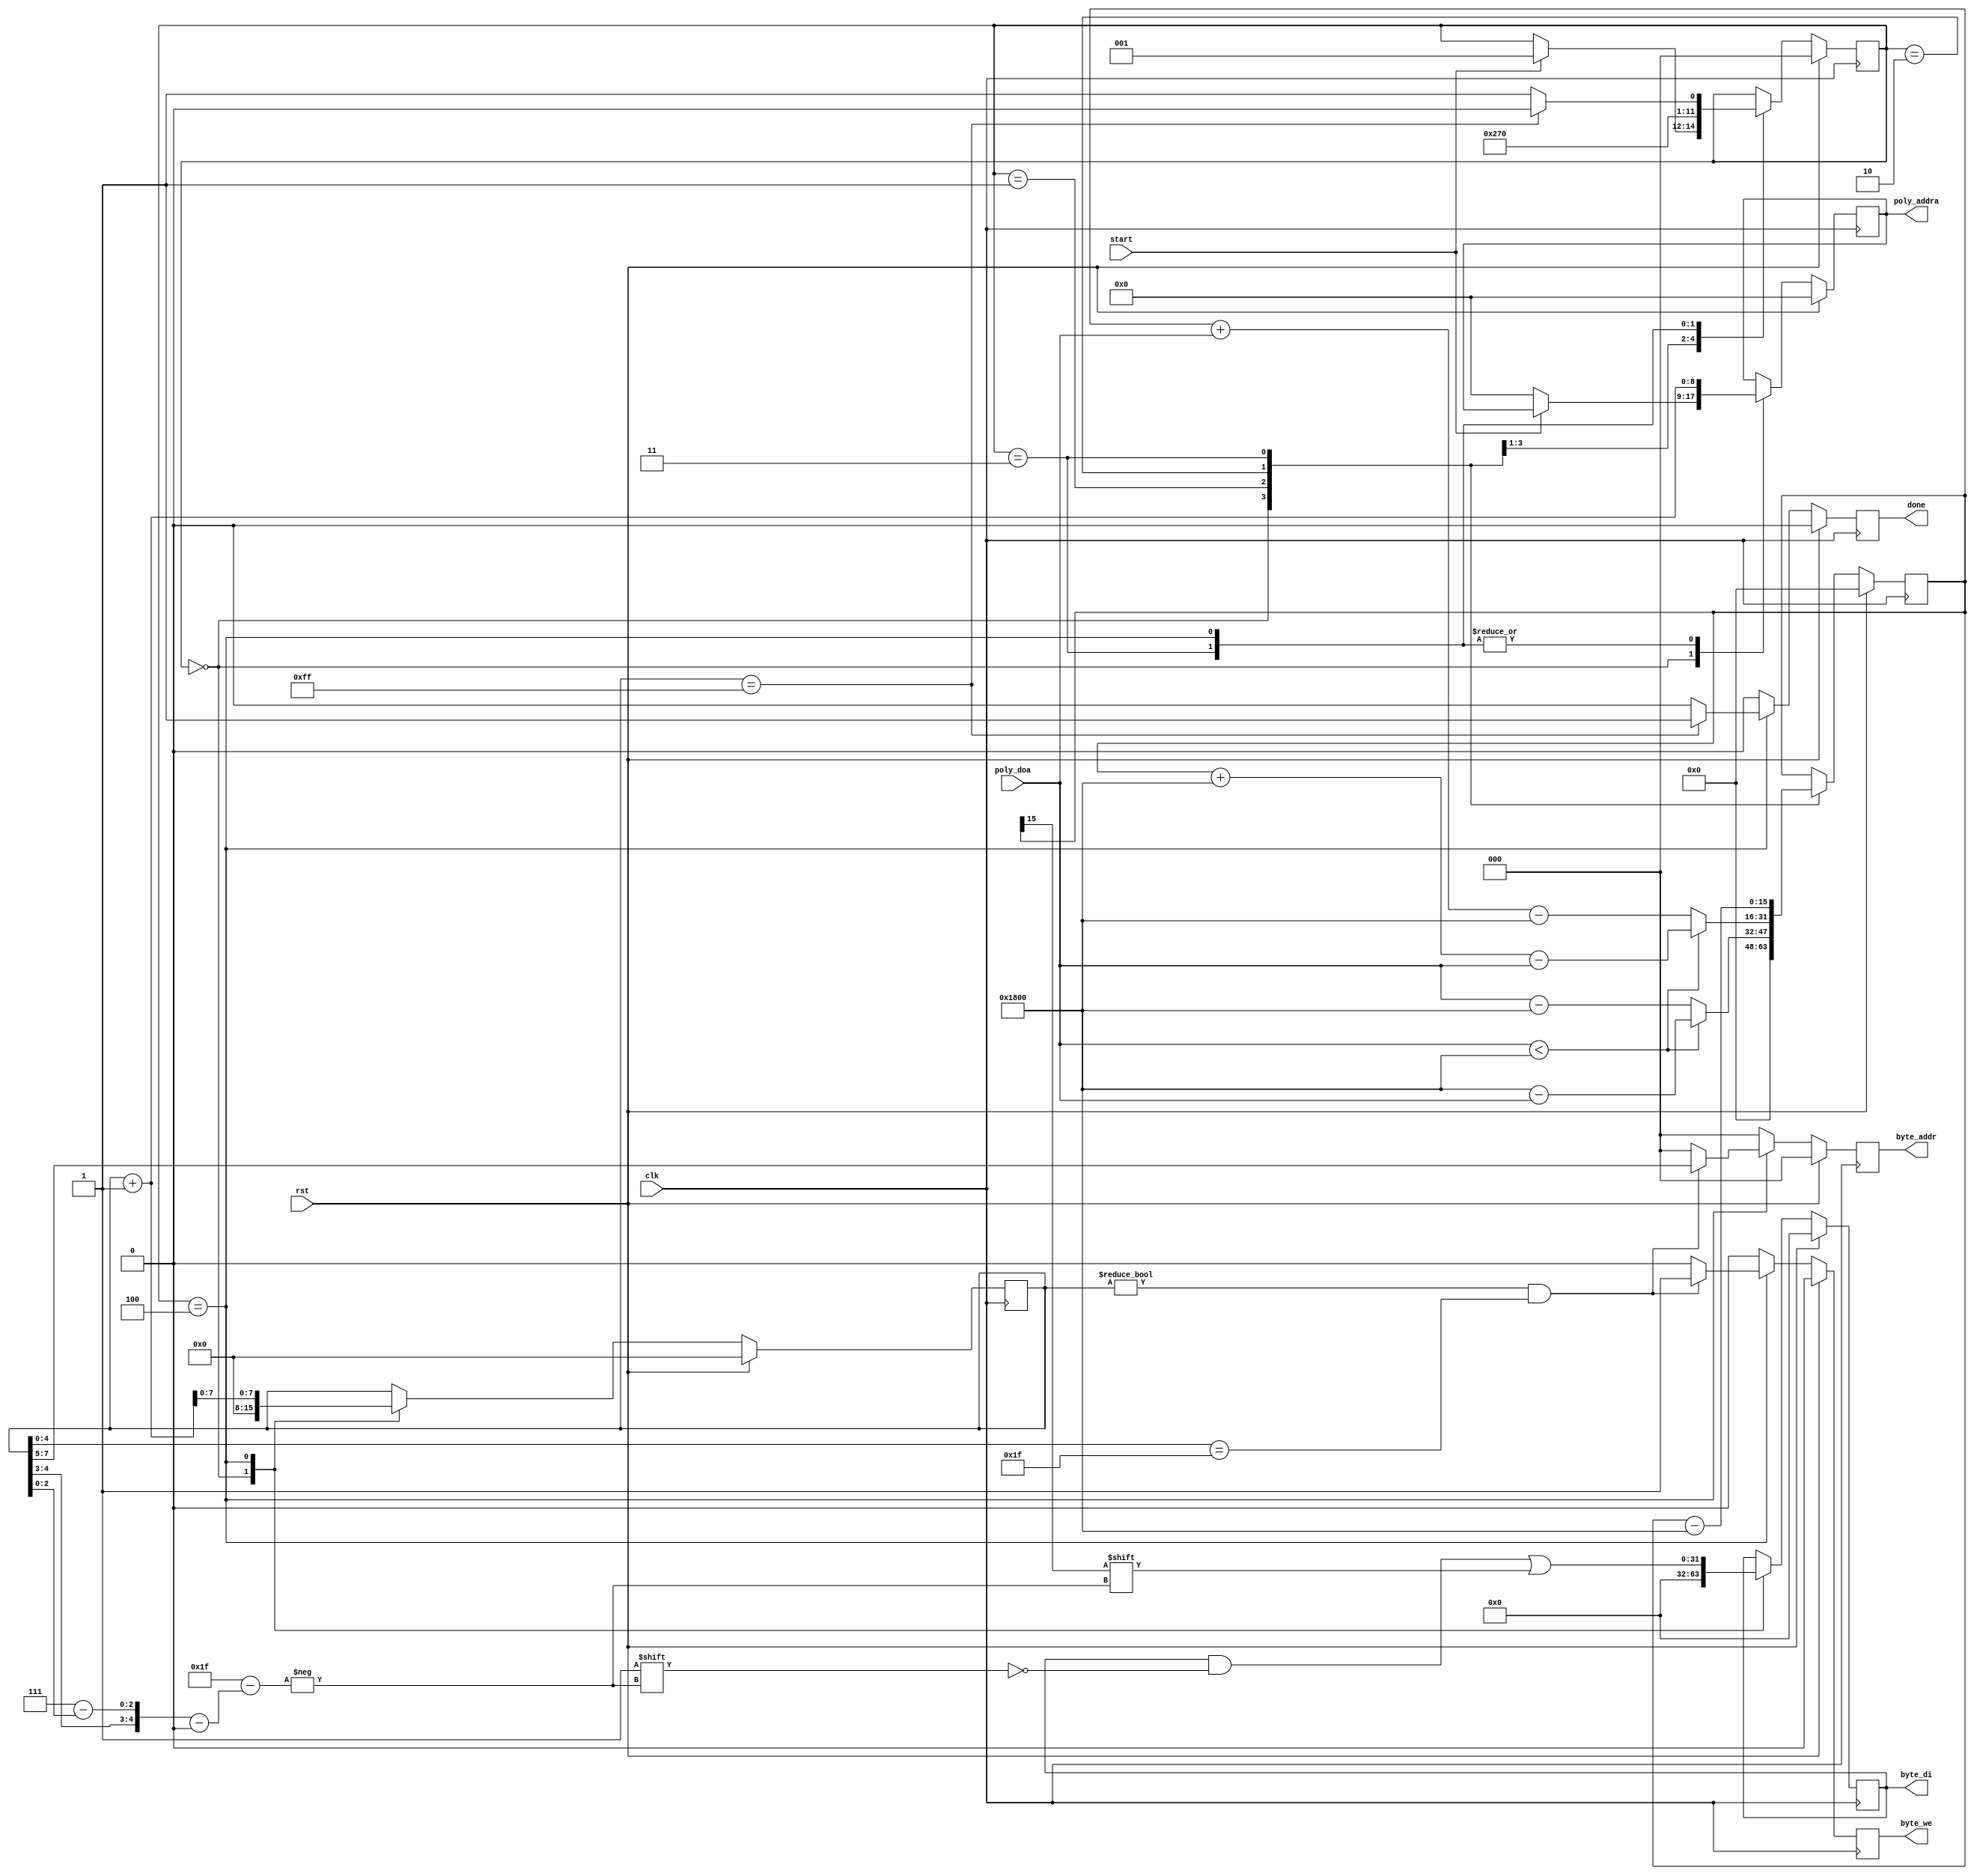
module decoder( 
    // basic inputs
    input clk,
    input rst,
    // control inputs
    input start,
    output reg done,
    // output RAM signals
    output reg byte_we,
    output reg [2:0] byte_addr,
    output reg [0:31] byte_di,
    // input RAM signals
    output reg [8:0] poly_addra,
    input [15:0] poly_doa
    );

    localparam
        HOLD = 4'd0,
        S0   = 4'd1,
        S1   = 4'd2,
        S2   = 4'd3,
        S3   = 4'd4;
    reg [2:0] state = HOLD, state_next;

    // combinational state logic
    reg[7:0] i = 0;
    reg [15:0] t = 0;
    wire [4:0] bit_sel;
    assign bit_sel = {i[4:3], 3'd7-i[2:0]}; // store order is byte-wise little endian
    
    reg [15:0] NEWHOPE_HALF_Q = 16'd6144;
    
    always @(*) begin
        state_next = state;
    
        case (state) 
        HOLD: begin
            state_next = (start) ? S0 : state_next;
        end
        S0: begin
            state_next = S1;
        end      
        S1: begin
            state_next = S2;
        end 
        S2: begin
            state_next = S3;
        end
        S3: begin
            state_next = (i == 255) ? HOLD : S0;
        end
        endcase
    end
    
    // sequential state logic
    always @(posedge clk) begin
        state <= (rst) ? HOLD : state_next;
    end
    
always @(posedge clk) begin
        // defaults
        done <= 1'b0;
        i <= i;

        // Output RAM signals
        byte_we <= 0;
        byte_addr <= 0;
        byte_di <= byte_di;
        
        // Input RAM signals
        poly_addra <= poly_addra;

        if (rst == 1'b1) begin
            poly_addra <= 0;
            i <= 0;
            t <= 0;
            byte_di <= 0;
        end else begin
            case (state) 
            HOLD: begin
                poly_addra <= 0;
                i <= 0;
                t <= 0;
                byte_di <= 0;
                if (start) begin
                    poly_addra <= {1'b1, poly_addra};
                end
            end
            S0: begin
                // begin calculations
                t <= (poly_doa < NEWHOPE_HALF_Q) ? (NEWHOPE_HALF_Q - poly_doa) : (poly_doa - NEWHOPE_HALF_Q);
            end      
            S1: begin
                t <= (poly_doa < NEWHOPE_HALF_Q) ? (t + NEWHOPE_HALF_Q - poly_doa) : (t + poly_doa - NEWHOPE_HALF_Q);
            end 
            S2: begin
                t <= t - NEWHOPE_HALF_Q;
                
                // get next value from poly_ram
                poly_addra <= {1'b0, i+1};
            end
            S3: begin
                // store result
                byte_di[bit_sel] <= t[15];
                
                // if 32 bits have been set, store
                if (i != 0 & i[4:0] == 5'b11111) begin
                    byte_addr <= i[7:5];
                    byte_we <= 1;
                end

                // get next value from poly_ram
                poly_addra <= {1'b1, i+1};
                // update counter
                i <= i + 1;
                if (i == 255) begin
                    done <= 1;
                end
            end
            endcase
        end
    end
endmodule